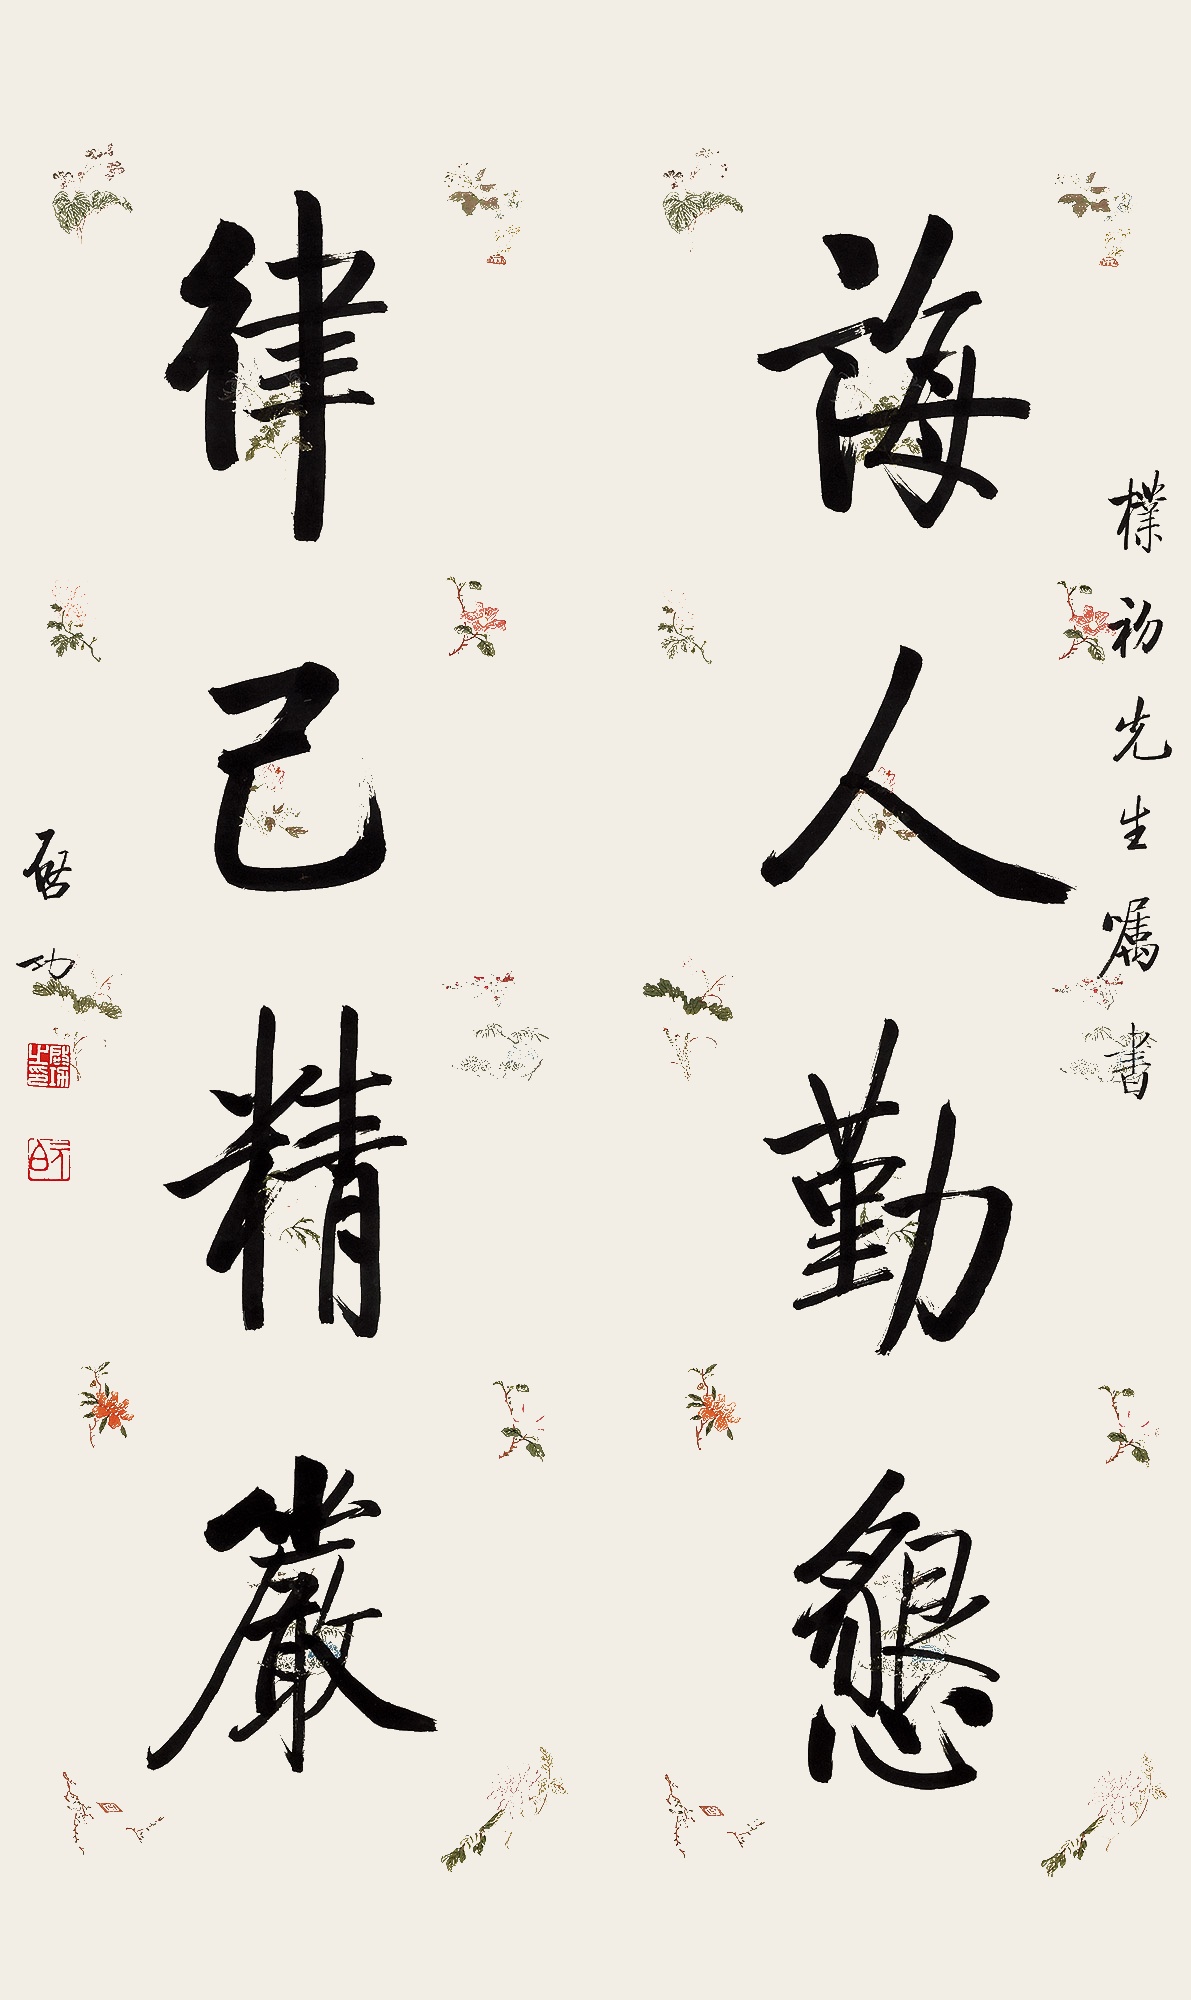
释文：诲人勤恳，律己精严。朴初先生嘱书。启功。